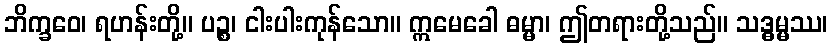
ဘိက္ခဝေ၊ ရဟန်းတို့။ ပဉ္စ၊ ငါးပါးကုန်သော။ ဣမေခေါ ဓမ္မာ၊ ဤတရားတို့သည်။ သဒ္ဓမ္မဿ၊